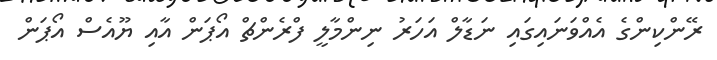
ރޭންކިންގެ އެއްވަނައިގައި ނަޑާލް އަހަރު ނިންމާލީ ފްރެންޗް އޯޕަން އާއި ޔޫއެސް އޯޕަން